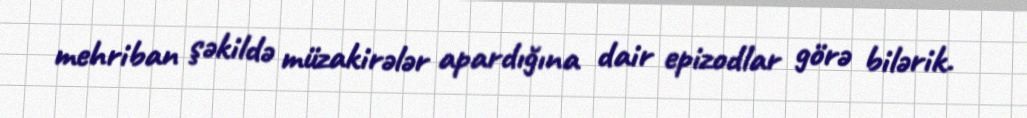
mehriban şəkildə müzakirələr apardığına dair epizodlar görə bilərik.